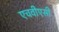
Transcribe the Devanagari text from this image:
एचवीएसी